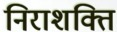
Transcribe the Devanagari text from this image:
निराशक्ति